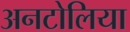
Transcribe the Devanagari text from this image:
अनटोलिया